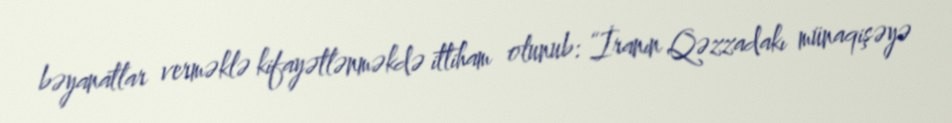
bəyanatlar verməklə kifayətlənməkdə ittiham olunub: “İranın Qəzzadakı münaqişəyə